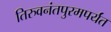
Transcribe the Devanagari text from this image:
तिरुवनंतपुरमपर्यंत